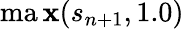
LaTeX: \operatorname*{ma\mathbf{x}}(s_{n+1},1.0)